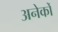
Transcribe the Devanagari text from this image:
अनेकोँ